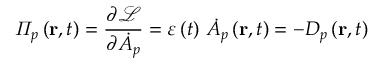
\varPi _ { p } \left( \mathbf { r } , t \right) = \frac { \partial \mathcal { L } } { \partial \dot { A } _ { p } } = \varepsilon \left( t \right) \, \dot { A } _ { p } \left( \mathbf { r } , t \right) = - D _ { p } \left( \mathbf { r } , t \right)